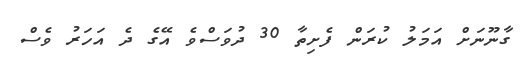
ގާނޫނަށް އަމަލު ކުރަން ފެށިތާ 30 ދުވަސްވެ އޭގެ ދެ އަހަރު ވެސް